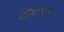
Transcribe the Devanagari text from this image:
बॅनरच्या